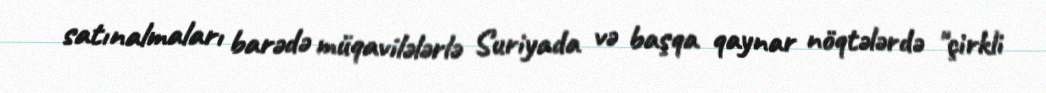
satınalmaları barədə müqavilələrlə Suriyada və başqa qaynar nöqtələrdə "çirkli